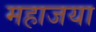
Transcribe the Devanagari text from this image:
महाजया